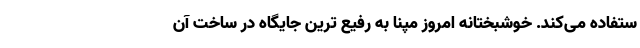
ستفاده می‌کند. خوشبختانه امروز مپنا به رفیع ترین جایگاه در ساخت آن